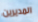
المديرين